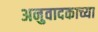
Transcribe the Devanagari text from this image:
अनुवादकाच्या